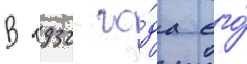
В 1932 го́да его́